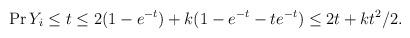
LaTeX: \begin{align*}\Pr{Y_i\leq t} & \leq 2 (1-e^{-t}) + k (1-e^{-t}-te^{-t}) \leq 2t+kt^2/2.\end{align*}